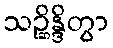
သဉ္ဆိန္ဒိတွာ